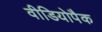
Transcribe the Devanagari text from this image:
वीडियोपैक